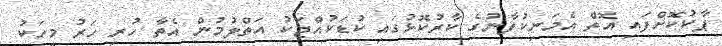
ޕާކުކޮށްފައި އޮތް އެމަނިކުފާނުގެ ކާރުކޮޅުގައި ކުޑަކުއްޖަކު އަތްލުމުން އެތާ ހުރި ހަރު މީހަކު